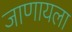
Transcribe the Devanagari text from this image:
जाणायला